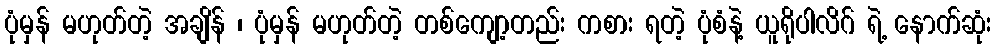
ပုံမှန် မဟုတ်တဲ့ အချိန် ၊ ပုံမှန် မဟုတ်တဲ့ တစ်ကျော့တည်း ကစား ရတဲ့ ပုံစံနဲ့ ယူရိုပါလိဂ် ရဲ့ နောက်ဆုံး